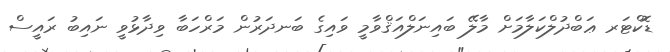
ޑޮކްޓަރ ޢަބްދުލްކަލާމަށް މާލޭ ބައިނަލްއަޤްވާމީ ވައިގެ ބަނދަރުން މަރްހަބާ ވިދާޅުވީ ނައިބު ރައީސް